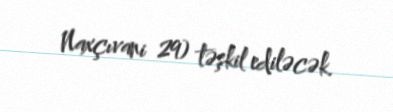
Naxçıvani 29) təşkil ediləcək.